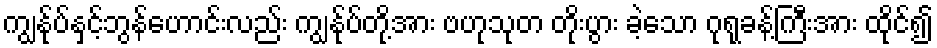
ကျွန်ုပ်နှင့်ဘွန်ဟောင်းလည်း ကျွန်ုပ်တို့အား ဗဟုသုတ တိုးပွား ခဲ့သော ဂုရုခန့်ကြီးအား ထိုင်၍